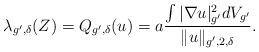
LaTeX: \begin{align*}\lambda_{g',\delta}(Z) = Q_{g',\delta}(u) = a\frac{\int |\nabla u|^2_{g'}dV_{g'}}{\|u\|_{g',2,\delta}}.\end{align*}